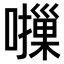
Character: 𫬈